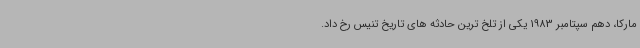
مارکا، دهم سپتامبر 1983 یکی از تلخ ترین حادثه های تاریخ تنیس رخ داد.